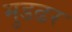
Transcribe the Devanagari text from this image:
मुडढर